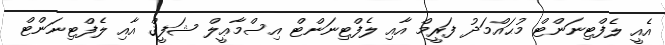
އެއީ ލެފްޓިނަންޓް މުޙައްމަދު ފަރީމް އާއި ލެފްޓިނަންޓް އިސްމާޢީލް ޝަފީޤް އާއި ލެފްޓިނަންޓް